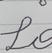
Signature authenticity: forged